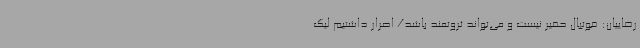
رضاییان: فوتبال حقیر نیست و می‌تواند ثروتمند باشد/ اصرار داشتیم لیگ